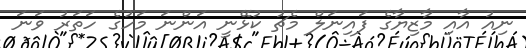
ނިއު އާއި މާޒިޔާގެ ފައިނަލް މެޗު ކުޅޭނީ އަންނަ މަހުގެ ހަތަރު ވަނަ